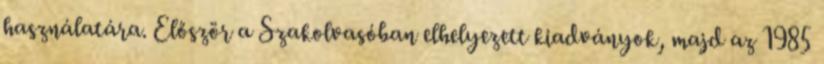
használatára. Először a Szakolvasóban elhelyezett kiadványok, majd az 1985